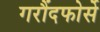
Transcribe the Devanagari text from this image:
गरौंदफोर्से